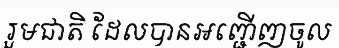
រួមជាតិ ដែលបានអញ្ជើញចូល